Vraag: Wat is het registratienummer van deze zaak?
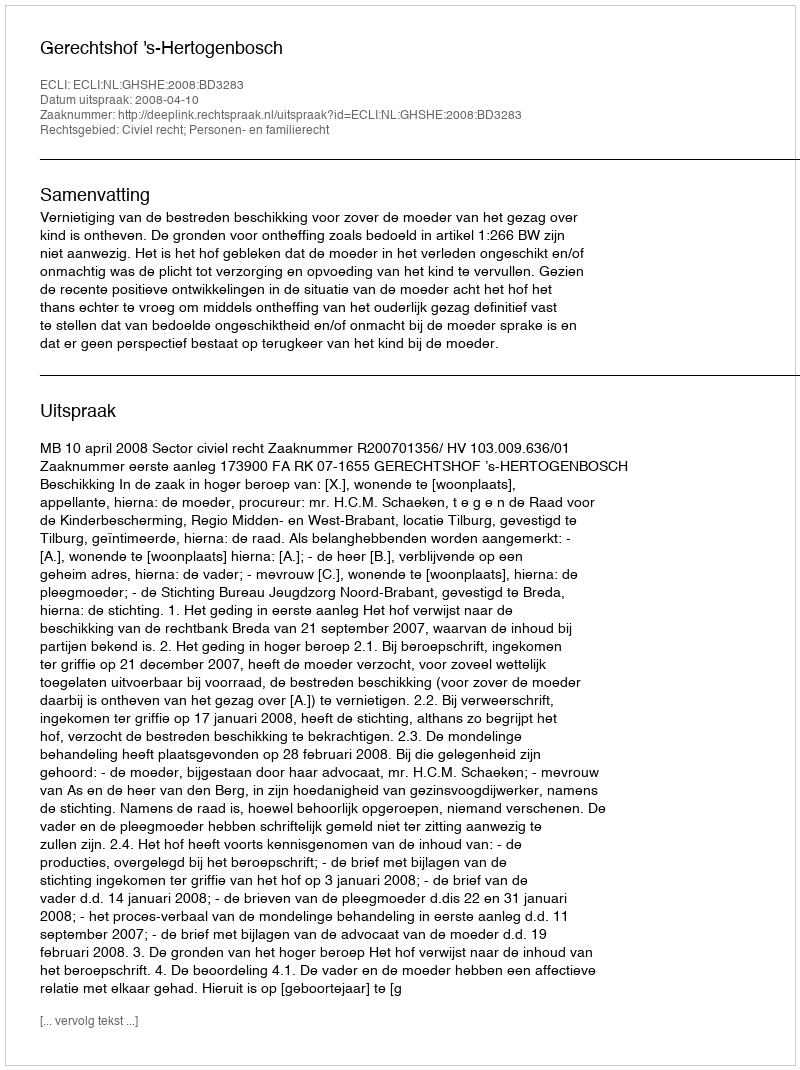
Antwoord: http://deeplink.rechtspraak.nl/uitspraak?id=ECLI:NL:GHSHE:2008:BD3283